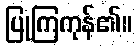
ပြုကြကုန်၏။